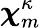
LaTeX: {\boldsymbol{\chi}}_{m}^{\kappa}